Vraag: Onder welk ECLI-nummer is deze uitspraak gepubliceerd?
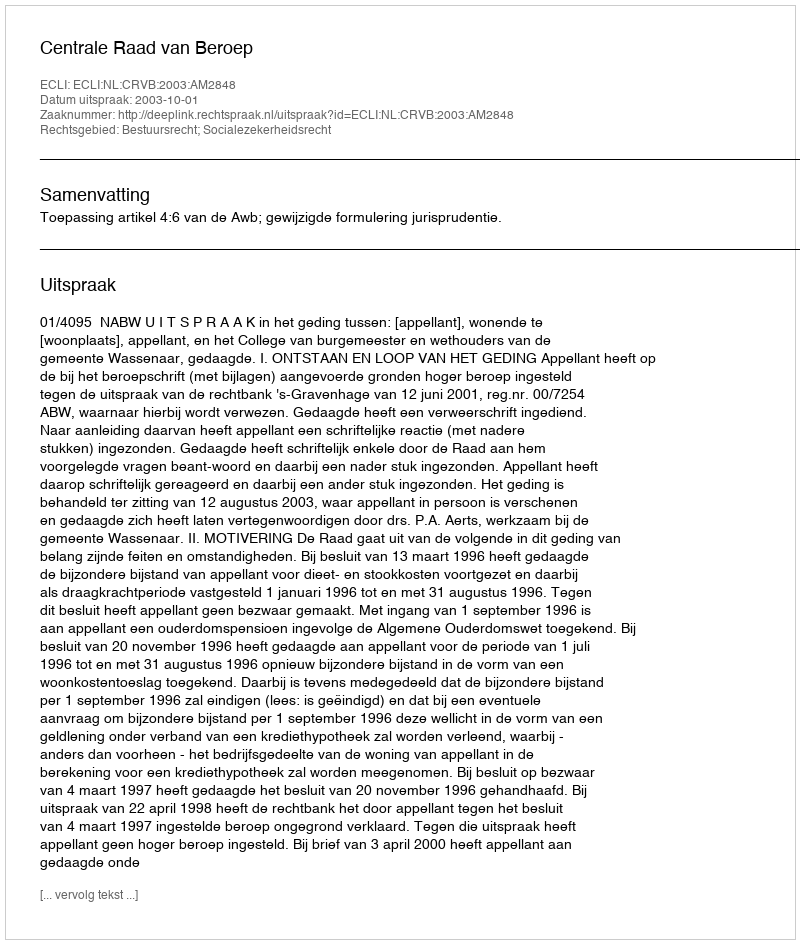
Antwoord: ECLI:NL:CRVB:2003:AM2848